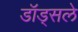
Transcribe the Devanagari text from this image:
डॉड्सले